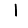
Digit: 1